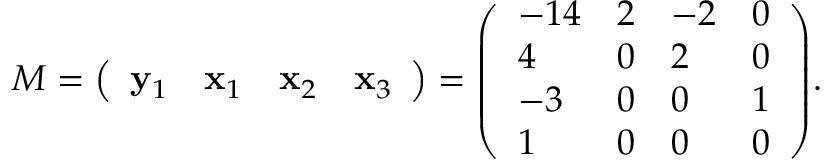
M = { \left( \begin{array} { l l l l } { \mathbf { y } _ { 1 } } & { \mathbf { x } _ { 1 } } & { \mathbf { x } _ { 2 } } & { \mathbf { x } _ { 3 } } \end{array} \right) } = { \left( \begin{array} { l l l l } { - 1 4 } & { 2 } & { - 2 } & { 0 } \\ { 4 } & { 0 } & { 2 } & { 0 } \\ { - 3 } & { 0 } & { 0 } & { 1 } \\ { 1 } & { 0 } & { 0 } & { 0 } \end{array} \right) } .